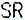
SR